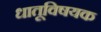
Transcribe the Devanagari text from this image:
धातूविषयक